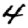
Digit: 4